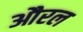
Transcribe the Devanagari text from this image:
औरल